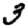
Digit: 3